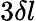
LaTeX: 3\delta l